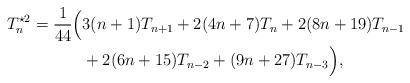
LaTeX: \begin{align*}T_{n}^{\star {2}}=\frac{1}{44}\Big(&3(n+1)T_{n+1}+2(4n+7)T_{n}+2(8n+19)T_{n-1}\\ &+2(6n+15)T_{n-2} +(9n+27)T_{n-3}\Big),\end{align*}